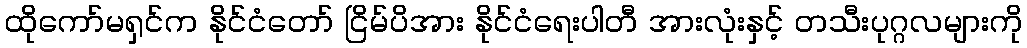
ထိုကော်မရှင်က နိုင်ငံတော် ငြိမ်ပိအား နိုင်ငံရေးပါတီ အားလုံးနှင့် တသီးပုဂ္ဂလများကို